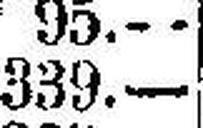
339.—